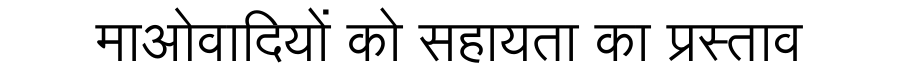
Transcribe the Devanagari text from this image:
माओवादियों को सहायता का प्रस्ताव